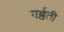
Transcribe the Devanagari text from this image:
गर्ब्वती